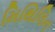
મિથિલિન